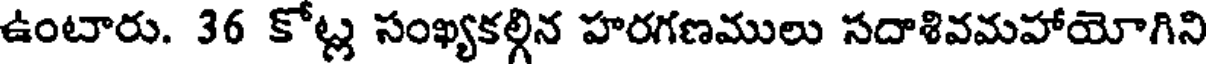
ఉంటారు. 36 కోట్ల సంఖ్యకల్గిన హరగణములు సదాశివమహాయోగిని